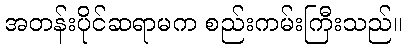
အတန်းပိုင်ဆရာမက စည်းကမ်းကြီးသည်။